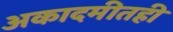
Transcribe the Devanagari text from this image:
अकादमीतही